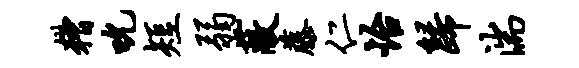
糟吮短弱蔽藤仁怡归湍